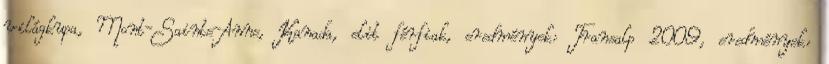
világkupa, Mont-Sainte-Anne, Kanada, elit férfiak, eredmények: Transalp 2009, eredmények: